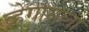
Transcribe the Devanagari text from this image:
व्हेगासला